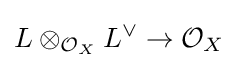
L\otimes _{{\mathcal {O}}_{X}}L^{\vee }\to {\mathcal {O}}_{X}